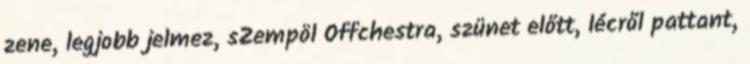
zene, legjobb jelmez, sZempöl Offchestra, szünet előtt, lécről pattant,